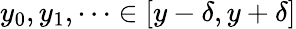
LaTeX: y_{0},y_{1},\dots\in[y-\delta,y+\delta]